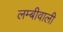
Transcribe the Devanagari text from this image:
लम्बीवाली